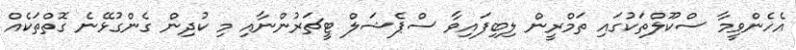
އެހެންވީމާ ސްކޫލްތަކުގައި ތަމްރީން ލިބިފައިވާ ސްޕެޝަލް ޓީޗަރުންނާއި މި ކުދިން ގެންގުޅޭނެ ގޮތްތަކެއް